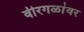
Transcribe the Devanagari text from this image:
वीरगळांवर